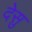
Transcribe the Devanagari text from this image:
देसु